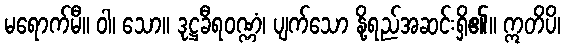
မရောက်မီ။ ဝါ၊ သော။ ဒုဋ္ဌခီရဝဏ္ဏံ၊ ပျက်သော နို့ရည်အဆင်းရှိ၏။ ဣတိပိ၊